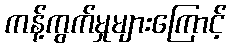
ကန့်ကွက်မှုများကြောင့်